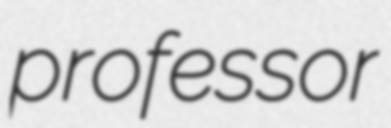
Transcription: professor